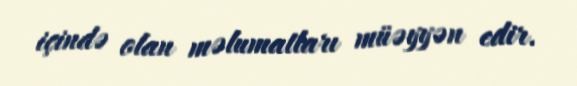
içində olan məlumatları müəyyən edir.